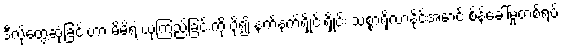
ဒီလိုတွေ့ဆုံခြင်းဟာ မိမိရဲ့ ယုံကြည်ခြင်းကို ပို၍ နက်နက်ရှိုင်းရှိုင်း သစ္စာရှိလာနိုင်အောင် စိန်ခေါ်မှုတစ်ရပ်